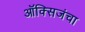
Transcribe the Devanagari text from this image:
ऑक्सिजंचा